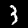
Label: 3